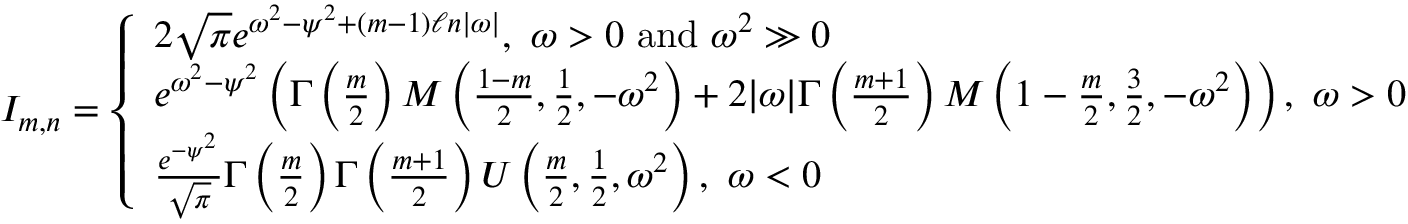
\begin{array} { r } { I _ { m , n } = \left\{ \begin{array} { l l } { 2 \sqrt { \pi } e ^ { \omega ^ { 2 } - \psi ^ { 2 } + ( m - 1 ) \ell n | \omega | } , \ \omega > 0 \ \mathrm { a n d } \ \omega ^ { 2 } \gg 0 } \\ { e ^ { \omega ^ { 2 } - \psi ^ { 2 } } \left( \Gamma \left( \frac { m } { 2 } \right) M \left( \frac { 1 - m } { 2 } , \frac { 1 } { 2 } , - \omega ^ { 2 } \right) + 2 | \omega | \Gamma \left( \frac { m + 1 } { 2 } \right) M \left( 1 - \frac { m } { 2 } , \frac { 3 } { 2 } , - \omega ^ { 2 } \right) \right) , \ \omega > 0 } \\ { \frac { e ^ { - \psi ^ { 2 } } } { \sqrt { \pi } } \Gamma \left( \frac { m } { 2 } \right) \Gamma \left( \frac { m + 1 } { 2 } \right) U \left( \frac { m } { 2 } , \frac { 1 } { 2 } , \omega ^ { 2 } \right) , \ \omega < 0 } \end{array} \right. } \end{array}